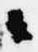
々